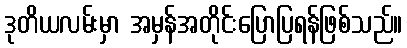
ဒုတိယလမ်းမှာ အမှန်အတိုင်းပြောပြရန်ဖြစ်သည်။